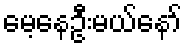
မေ့နေဦးမယ်နော်